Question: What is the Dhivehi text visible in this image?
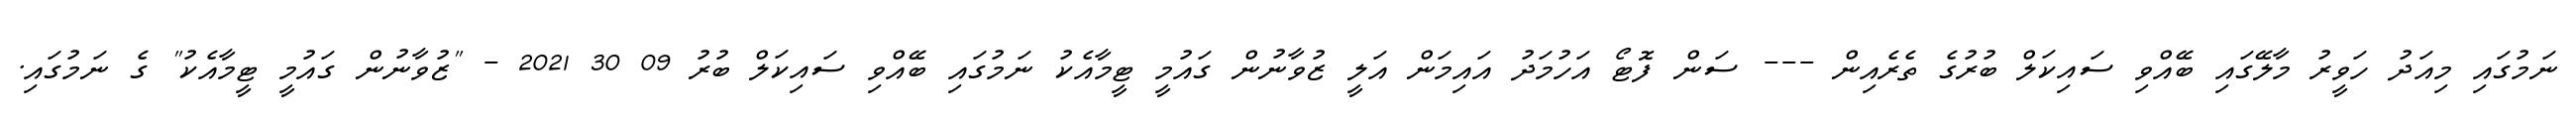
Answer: ނަމުގައި މިއަދު ހަވީރު މާލޭގައި ބޭއްވި ސައިކަލް ބުރުގެ ތެރެއިން --- ސަން ފޮޓޯ އަހުމަދު އައިމަން އަލީ ޒުވާނުން ގައުމީ ޓީމާއެކު ނަމުގައި ބޭއްވި ސައިކަލް ބުރު 09 30 2021 - "ޒުވާނުން ގައުމީ ޓީމާއެކު" ގެ ނަމުގައި.